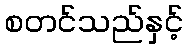
စတင်သည်နှင့်